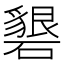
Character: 𥖞